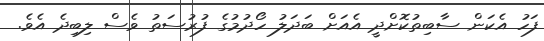
ފަހު އެކަން ސާބިތުކޮށްދީ އެއަށް ބަދަލު ހޯދުމުގެ ފުރުސަތު ވެސް ލިބިދެ އެވެ.